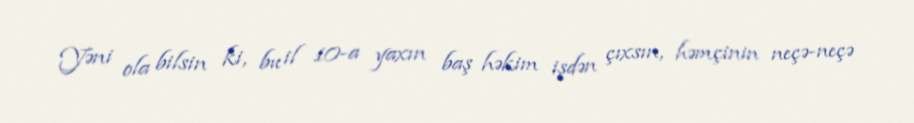
Yəni ola bilsin ki, bu il 10-a yaxın baş həkim işdən çıxsın, həmçinin neçə-neçə